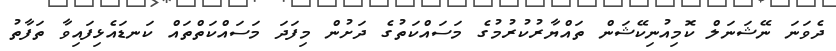
ދެވަނަ ނޭޝަނަލް ކޮމިއުނިކޭޝަން ތައްޔާރުކުރުމުގެ މަސައްކަތުގެ ދަށުން މިފަދަ މަސައްކަތްތައް ކަނޑައެޅިފައިވާ ތަފާތު